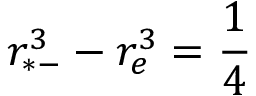
r _ { * - } ^ { 3 } - r _ { e } ^ { 3 } = { \frac { 1 } { 4 } }